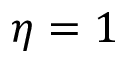
\eta = 1